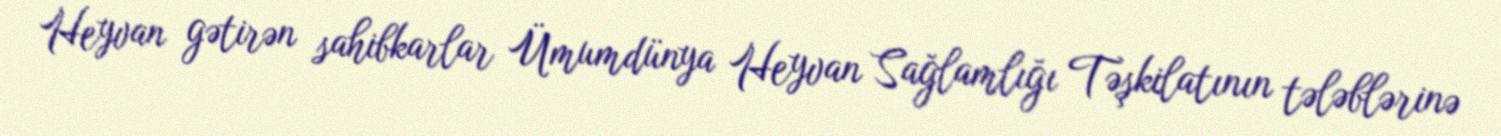
Heyvan gətirən sahibkarlar Ümumdünya Heyvan Sağlamlığı Təşkilatının tələblərinə